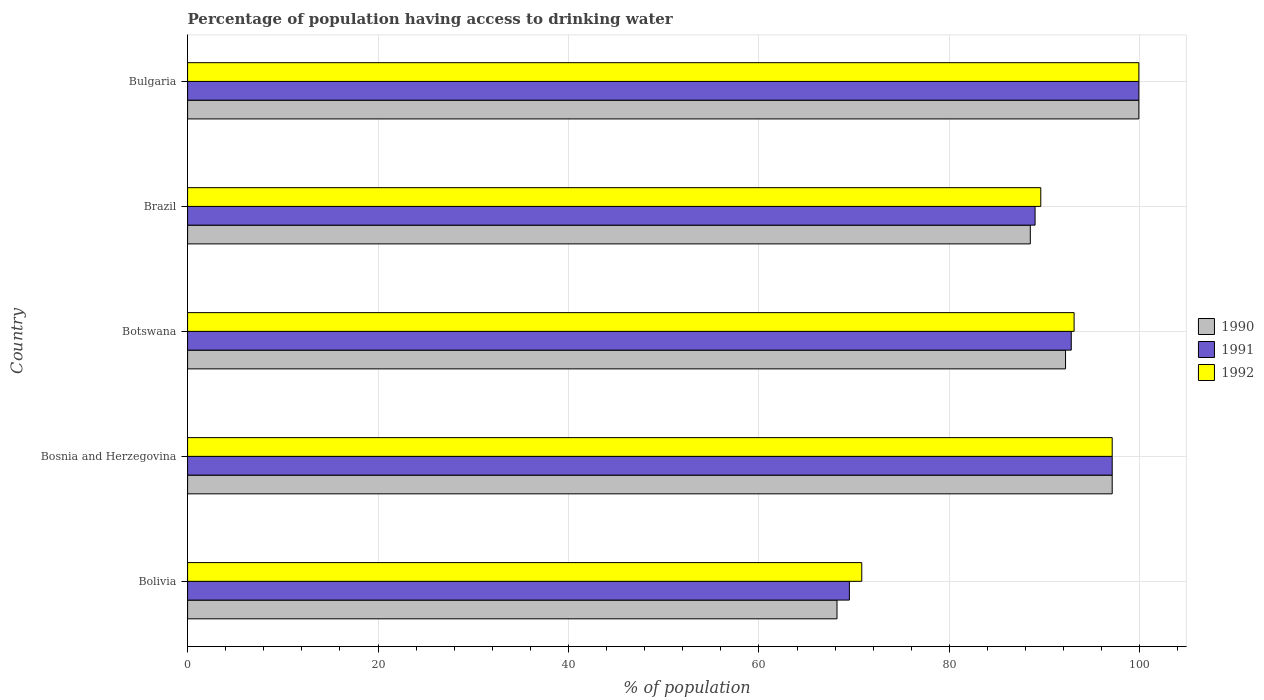
| Country | 1990 | 1991 | 1992 |
 | --- | --- | --- | --- |
 | Bolivia | 68.2 | 69.5 | 70.8 |
 | Bosnia and Herzegovina | 97.1 | 97.1 | 97.1 |
 | Botswana | 92.2 | 92.8 | 93.1 |
 | Brazil | 88.5 | 89 | 89.6 |
 | Bulgaria | 99.9 | 99.9 | 99.9 |